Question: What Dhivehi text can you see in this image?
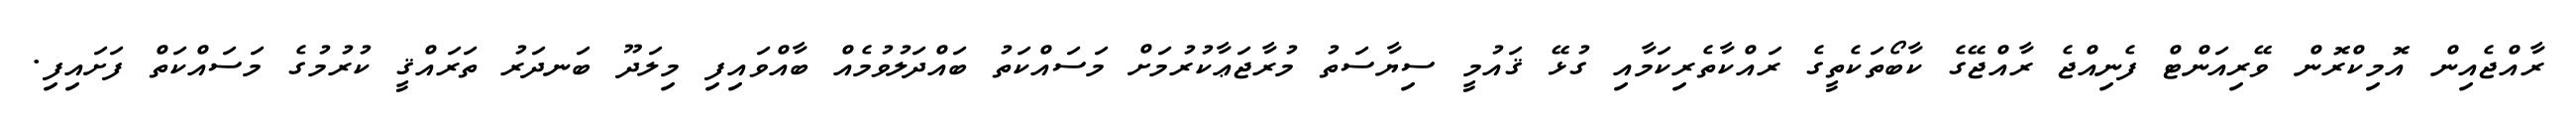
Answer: ރާއްޖެއިން އޮމިކްރޮން ވޭރިއަންޓް ފެނިއްޖެ ރާއްޖޭގެ ކާބޯތަކެތީގެ ރައްކާތެރިކަމާއި ގުޅޭ ޤައުމީ ސިޔާސަތު މުރާޖަޢާކުރުމަށް މަސައްކަތު ބައްދަލުވުމެއް ބާއްވައިފި މިލަދޫ ބަނދަރު ތަރައްޤީ ކުރުމުގެ މަސައްކަތް ފަށައިފި.